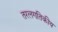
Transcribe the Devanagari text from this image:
तरलगतिकीय